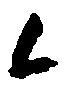
候